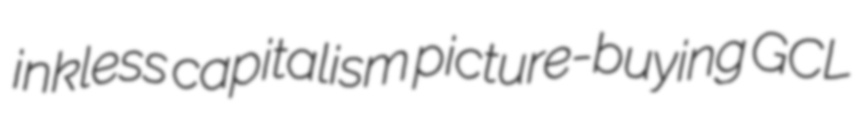
inkless capitalism picture-buying GCL